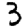
Digit: 3